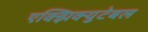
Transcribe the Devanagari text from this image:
एक्झिक्युटेबल